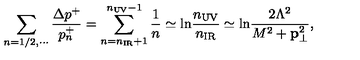
\sum _ { n = 1 / 2 , \cdots } { \frac { \Delta p ^ { + } } { p _ { n } ^ { + } } } = \sum _ { n = n _ { \mathrm { I R } } + 1 } ^ { n _ { \mathrm { U V } } - 1 } \frac { 1 } { n } \simeq \mathrm { l n } \frac { n _ { \mathrm { U V } } } { n _ { \mathrm { I R } } } \simeq \mathrm { l n } \frac { 2 \Lambda ^ { 2 } } { M ^ { 2 } + { \bf p } _ { \bot } ^ { 2 } } ,